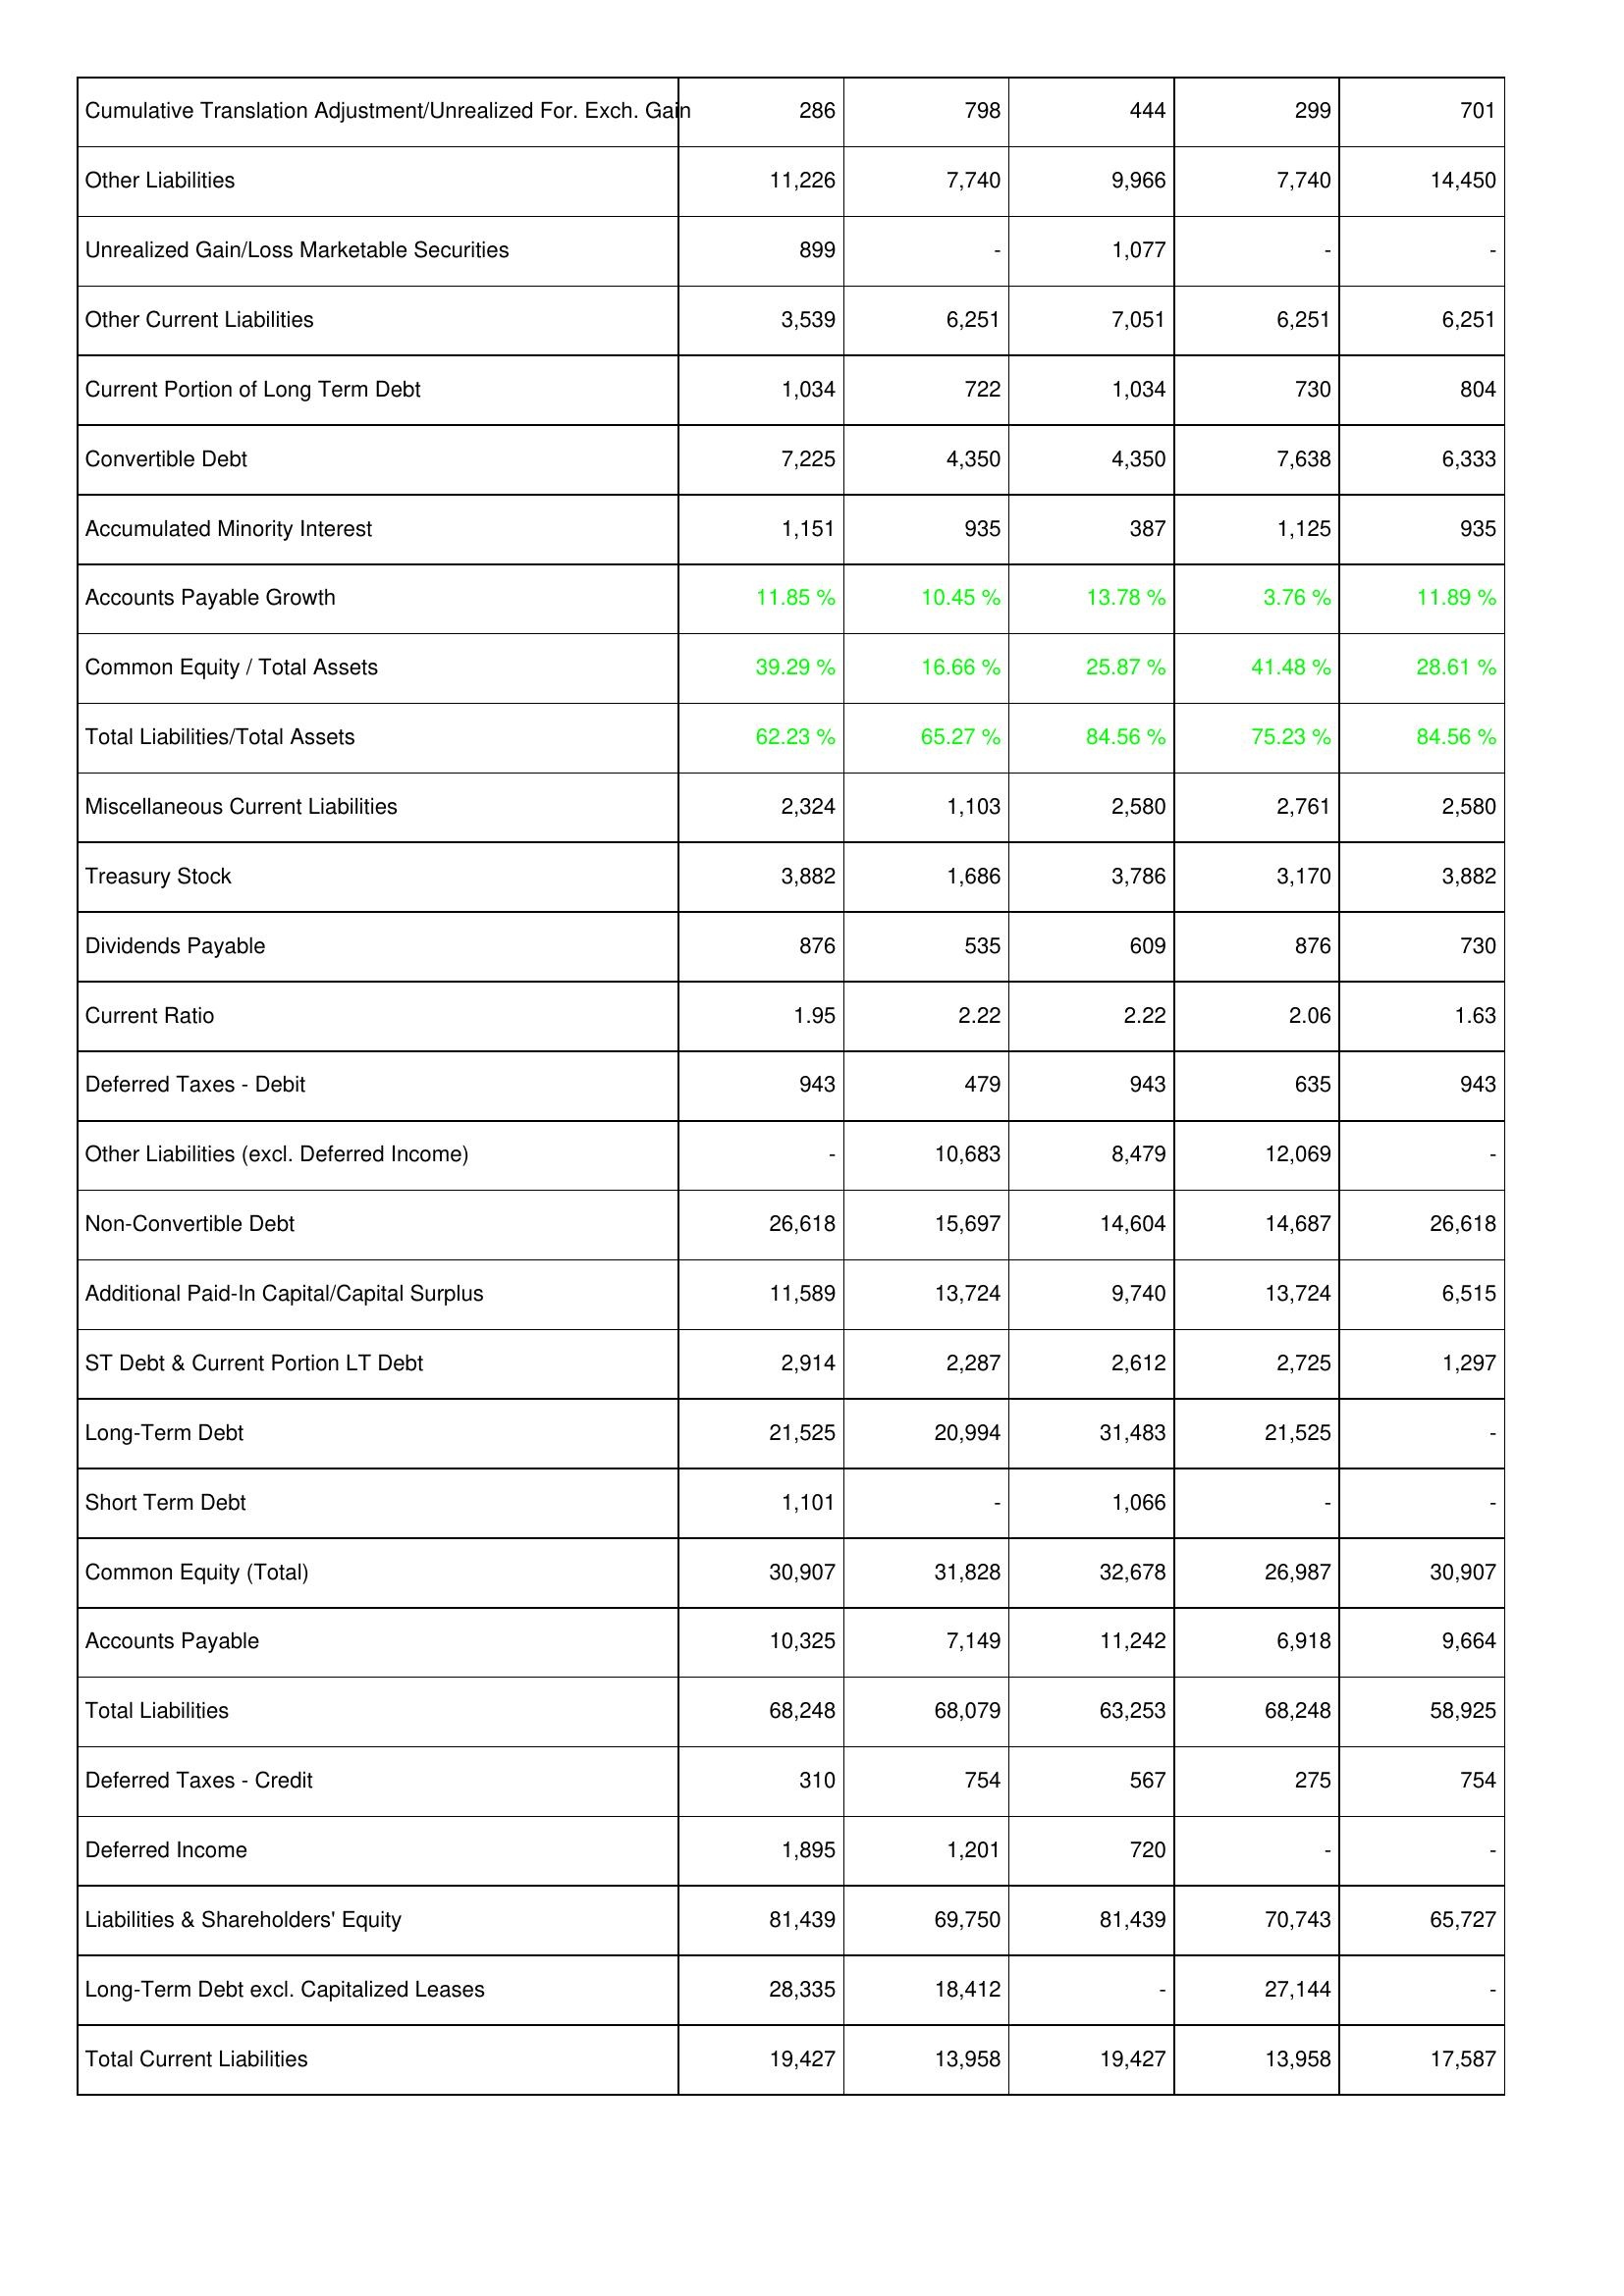
2016: Liabilities & Shareholders' Equity: Cumulative Translation Adjustment/Unrealized For. Exch. Gain: 286
Other Liabilities: 11,226
Unrealized Gain/Loss Marketable Securities: 899
Other Current Liabilities: 3,539
Current Portion of Long Term Debt: 1,034
Convertible Debt: 7,225
Accumulated Minority Interest: 1,151
Accounts Payable Growth: 11.85 %
Common Equity / Total Assets: 39.29 %
Total Liabilities/Total Assets: 62.23 %
Miscellaneous Current Liabilities: 2,324
Treasury Stock: 3,882
Dividends Payable: 876
Current Ratio: 1.95
Deferred Taxes - Debit: 943
Other Liabilities (excl. Deferred Income): -
Non-Convertible Debt: 26,618
Additional Paid-In Capital/Capital Surplus: 11,589
ST Debt & Current Portion LT Debt: 2,914
Long-Term Debt: 21,525
Short Term Debt: 1,101
Common Equity (Total): 30,907
Accounts Payable: 10,325
Total Liabilities: 68,248
Deferred Taxes - Credit: 310
Deferred Income: 1,895
Liabilities & Shareholders' Equity: 81,439
Long-Term Debt excl. Capitalized Leases: 28,335
Total Current Liabilities: 19,427
2015: Liabilities & Shareholders' Equity: Cumulative Translation Adjustment/Unrealized For. Exch. Gain: 798
Other Liabilities: 7,740
Unrealized Gain/Loss Marketable Securities: -
Other Current Liabilities: 6,251
Current Portion of Long Term Debt: 722
Convertible Debt: 4,350
Accumulated Minority Interest: 935
Accounts Payable Growth: 10.45 %
Common Equity / Total Assets: 16.66 %
Total Liabilities/Total Assets: 65.27 %
Miscellaneous Current Liabilities: 1,103
Treasury Stock: 1,686
Dividends Payable: 535
Current Ratio: 2.22
Deferred Taxes - Debit: 479
Other Liabilities (excl. Deferred Income): 10,683
Non-Convertible Debt: 15,697
Additional Paid-In Capital/Capital Surplus: 13,724
ST Debt & Current Portion LT Debt: 2,287
Long-Term Debt: 20,994
Short Term Debt: -
Common Equity (Total): 31,828
Accounts Payable: 7,149
Total Liabilities: 68,079
Deferred Taxes - Credit: 754
Deferred Income: 1,201
Liabilities & Shareholders' Equity: 69,750
Long-Term Debt excl. Capitalized Leases: 18,412
Total Current Liabilities: 13,958
2014: Liabilities & Shareholders' Equity: Cumulative Translation Adjustment/Unrealized For. Exch. Gain: 444
Other Liabilities: 9,966
Unrealized Gain/Loss Marketable Securities: 1,077
Other Current Liabilities: 7,051
Current Portion of Long Term Debt: 1,034
Convertible Debt: 4,350
Accumulated Minority Interest: 387
Accounts Payable Growth: 13.78 %
Common Equity / Total Assets: 25.87 %
Total Liabilities/Total Assets: 84.56 %
Miscellaneous Current Liabilities: 2,580
Treasury Stock: 3,786
Dividends Payable: 609
Current Ratio: 2.22
Deferred Taxes - Debit: 943
Other Liabilities (excl. Deferred Income): 8,479
Non-Convertible Debt: 14,604
Additional Paid-In Capital/Capital Surplus: 9,740
ST Debt & Current Portion LT Debt: 2,612
Long-Term Debt: 31,483
Short Term Debt: 1,066
Common Equity (Total): 32,678
Accounts Payable: 11,242
Total Liabilities: 63,253
Deferred Taxes - Credit: 567
Deferred Income: 720
Liabilities & Shareholders' Equity: 81,439
Long-Term Debt excl. Capitalized Leases: -
Total Current Liabilities: 19,427
2013: Liabilities & Shareholders' Equity: Cumulative Translation Adjustment/Unrealized For. Exch. Gain: 299
Other Liabilities: 7,740
Unrealized Gain/Loss Marketable Securities: -
Other Current Liabilities: 6,251
Current Portion of Long Term Debt: 730
Convertible Debt: 7,638
Accumulated Minority Interest: 1,125
Accounts Payable Growth: 3.76 %
Common Equity / Total Assets: 41.48 %
Total Liabilities/Total Assets: 75.23 %
Miscellaneous Current Liabilities: 2,761
Treasury Stock: 3,170
Dividends Payable: 876
Current Ratio: 2.06
Deferred Taxes - Debit: 635
Other Liabilities (excl. Deferred Income): 12,069
Non-Convertible Debt: 14,687
Additional Paid-In Capital/Capital Surplus: 13,724
ST Debt & Current Portion LT Debt: 2,725
Long-Term Debt: 21,525
Short Term Debt: -
Common Equity (Total): 26,987
Accounts Payable: 6,918
Total Liabilities: 68,248
Deferred Taxes - Credit: 275
Deferred Income: -
Liabilities & Shareholders' Equity: 70,743
Long-Term Debt excl. Capitalized Leases: 27,144
Total Current Liabilities: 13,958
2012: Liabilities & Shareholders' Equity: Cumulative Translation Adjustment/Unrealized For. Exch. Gain: 701
Other Liabilities: 14,450
Unrealized Gain/Loss Marketable Securities: -
Other Current Liabilities: 6,251
Current Portion of Long Term Debt: 804
Convertible Debt: 6,333
Accumulated Minority Interest: 935
Accounts Payable Growth: 11.89 %
Common Equity / Total Assets: 28.61 %
Total Liabilities/Total Assets: 84.56 %
Miscellaneous Current Liabilities: 2,580
Treasury Stock: 3,882
Dividends Payable: 730
Current Ratio: 1.63
Deferred Taxes - Debit: 943
Other Liabilities (excl. Deferred Income): -
Non-Convertible Debt: 26,618
Additional Paid-In Capital/Capital Surplus: 6,515
ST Debt & Current Portion LT Debt: 1,297
Long-Term Debt: -
Short Term Debt: -
Common Equity (Total): 30,907
Accounts Payable: 9,664
Total Liabilities: 58,925
Deferred Taxes - Credit: 754
Deferred Income: -
Liabilities & Shareholders' Equity: 65,727
Long-Term Debt excl. Capitalized Leases: -
Total Current Liabilities: 17,587